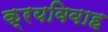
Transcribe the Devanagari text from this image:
क्रयविवाह